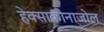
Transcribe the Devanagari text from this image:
हेक्‍साकोनाजोल